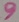
Text: 9